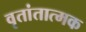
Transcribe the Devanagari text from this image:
वृतांतात्मक